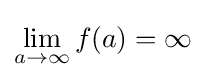
\lim _{a\to \infty }f(a)=\infty